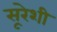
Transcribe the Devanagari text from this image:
सूरेशी